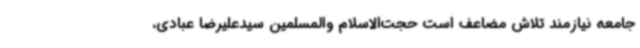
جامعه نیازمند تلاش مضاعف است حجت‌الاسلام والمسلمین سیدعلیرضا عبادی،